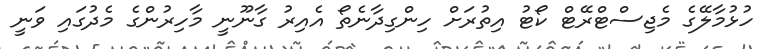
ހުޅުމާލޭގެ މެޖިސްޓްރޭޓް ކޯޓު އިތުރަށް ހިންގިދާނެތޯ އެއިރު ގާނޫނީ މާހިރުންގެ މެދުގައި ވަނީ